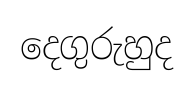
දෙගුරුහුද